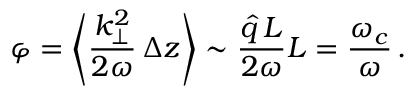
\varphi = \Bigg \langle \frac { k _ { \perp } ^ { 2 } } { 2 \omega } \, \Delta z \Bigg \rangle \sim \frac { \hat { q } \, L } { 2 \omega } L = \frac { \omega _ { c } } { \omega } \, .